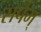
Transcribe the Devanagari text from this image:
सर्पम्